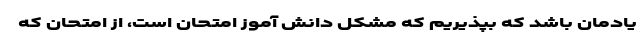
یادمان باشد که بپذیریم که مشکل دانش آموز امتحان است، از امتحان که